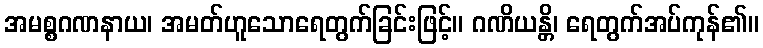
အမစ္စဂဏနာယ၊ အမတ်ဟူသောရေတွက်ခြင်းဖြင့်။ ဂဏိယန္တိ၊ ရေတွက်အပ်ကုန်၏။